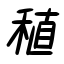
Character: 稙